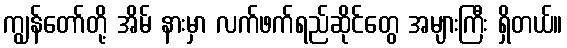
ကျွန်တော်တို့ အိမ် နားမှာ လက်ဖက်ရည်ဆိုင်တွေ အများကြီး ရှိတယ်။